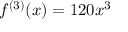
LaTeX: f ^ { ( 3 ) } ( x ) = 1 2 0 x ^ { 3 }